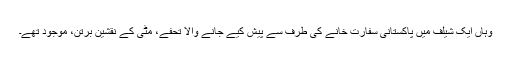
وہاں ایک شیلف میں پاکستانی سفارت خانے کی طرف سے پیش کیے جانے والا تحفے، مٹی کے نقشین برتن، موجود تھے۔